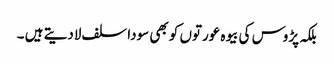
بلکہ پڑوس کی بیوہ عورتوں کو بھی سودا سلف لادیتے ہیں ۔